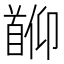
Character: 𬳖